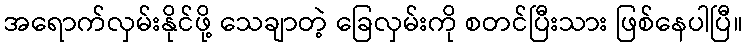
အရောက်လှမ်းနိုင်ဖို့ သေချာတဲ့ ခြေလှမ်းကို စတင်ပြီးသား ဖြစ်နေပါပြီ။